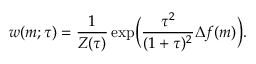
\begin{array} { c c c } { \displaystyle { w ( m ; \tau ) = \frac { 1 } { Z ( \tau ) } \exp \! \bigg ( \frac { \tau ^ { 2 } } { ( 1 + \tau ) ^ { 2 } } \Delta f ( m ) \bigg ) . } } \end{array}